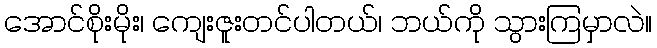
အောင်စိုးမိုး၊ ကျေးဇူးတင်ပါတယ်၊ ဘယ်ကို သွားကြမှာလဲ။